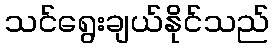
သင်ရွေးချယ်နိုင်သည်